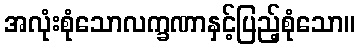
အလုံးစုံသောလက္ခဏာနှင့်ပြည့်စုံသော။